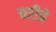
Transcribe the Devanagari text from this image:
चरीत्रे